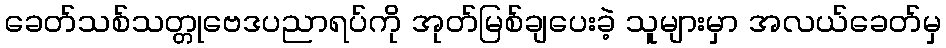
ခေတ်သစ်သတ္တုဗေဒပညာရပ်ကို အုတ်မြစ်ချပေးခဲ့ သူများမှာ အလယ်ခေတ်မှ